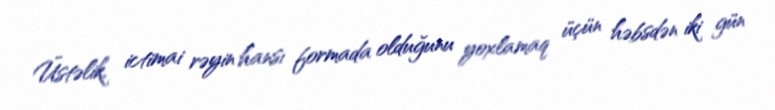
Üstəlik, ictimai rəyin hansı formada olduğunu yoxlamaq üçün həbsdən iki gün